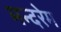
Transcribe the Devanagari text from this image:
मन्दरेम